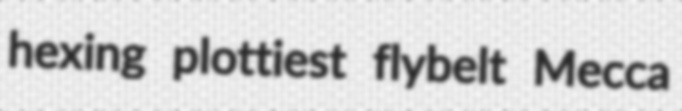
hexing plottiest flybelt Mecca